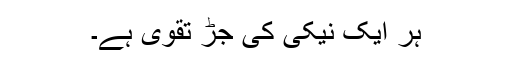
ہر ایک نیکی کی جڑ تقویٰ ہے۔